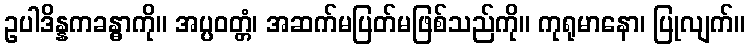
ဥပါဒိန္နကခန္ဓာကို။ အပ္ပဝတ္တံ၊ အဆက်မပြတ်မဖြစ်သည်ကို။ ကုရုမာနော၊ ပြုလျက်။